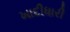
ખાદીધારી